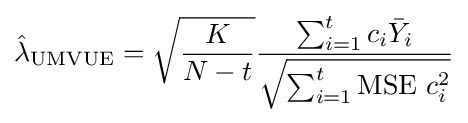
{\hat {\lambda }}_{\text{UMVUE}}={\sqrt {\frac {K}{N-t}}}{\frac {\sum _{i=1}^{t}c_{i}{\bar {Y}}_{i}}{\sqrt {\sum _{i=1}^{t}{\text{MSE }}c_{i}^{2}}}}